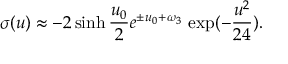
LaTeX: \sigma ( u ) \approx - 2 \sinh { \frac { u _ { 0 } } { 2 } } e ^ { \pm u _ { 0 } + \omega _ { 3 } } \, \exp ( - { \frac { u ^ { 2 } } { 2 4 } } ) .